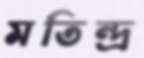
মতিন্দ্র